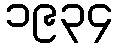
၁၉၃၄